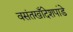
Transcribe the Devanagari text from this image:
वसंतखाँदेशपांडे